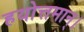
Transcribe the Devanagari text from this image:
हयोत्तमान्।